Annual statistical returns and brief notes on vaccination in Bengal - 1887-1898
Year: 1887
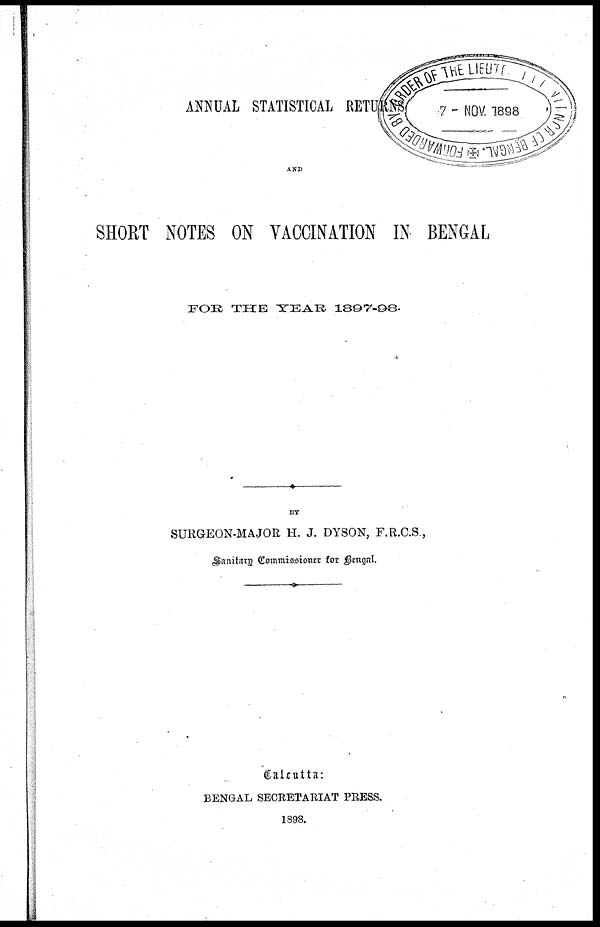
ANNUAL STATISTICAL RETURNS
AND
SHORT NOTES ON VACCINATION IN BENGAL
FOR THE YEAR 1897-98.
BY
SURGEON-MAJOR H. J. DYSON, F.R.C.S.,
Sanitary Commissioner for Bengal.
Calcutta:
BENGAL SECRETARIAT PRESS.
1898.